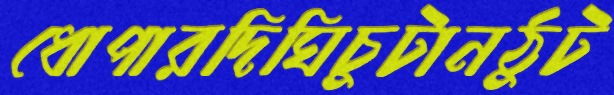
ধোপারদিঘিচুটানঠুট